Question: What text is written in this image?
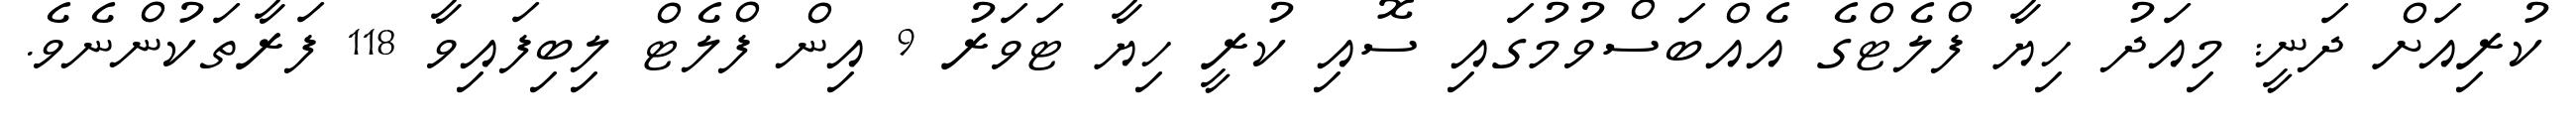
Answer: ކުރިއަށް ދަނީ: މިއަދު ހިޔާ ފްލެޓްގެ އެއްބަސްވުމުގައި ސޮއި ކުރީ ހިޔާ ޓަވަރު 9 އިން ފްލެޓް ލިބިފައިވާ 118 ފަރާތަކުންނެވެ.